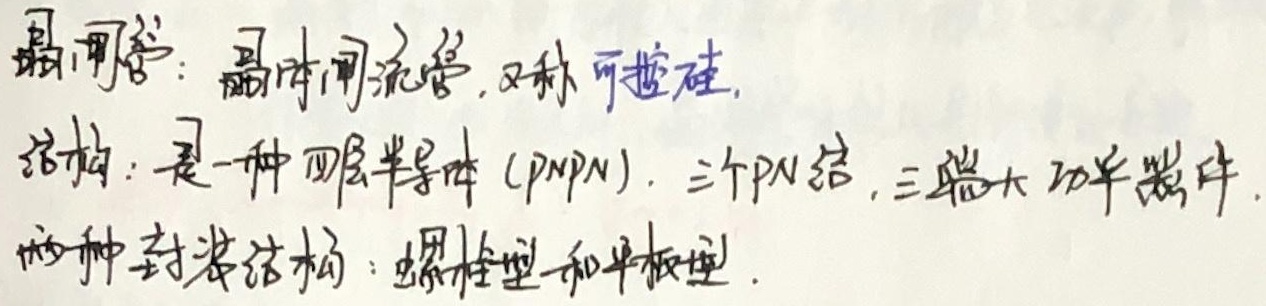
晶闸管：晶体闸流管，又称可控硅。结构：是一种四层半导体（PNPN），三个PN结，三端大功率半导体器件。两种封装结构：螺栓型和平板型。